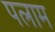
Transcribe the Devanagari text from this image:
पलाम